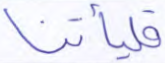
فليأتنا